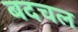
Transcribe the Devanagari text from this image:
बदचल